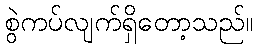
စွဲကပ်လျက်ရှိတော့သည်။